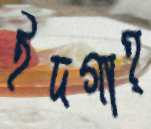
ইদগাহ্‌